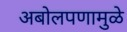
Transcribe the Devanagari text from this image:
अबोलपणामुळे